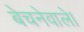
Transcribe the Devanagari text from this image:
बेचनेवाले।